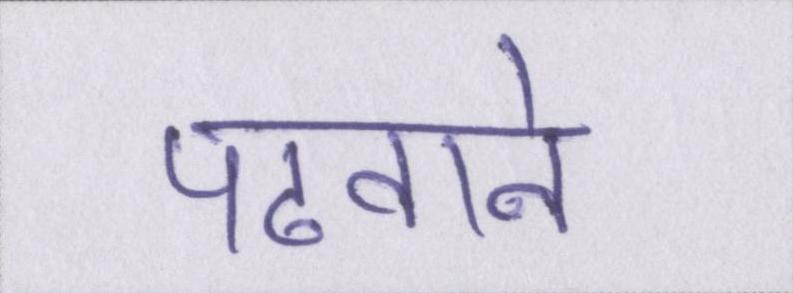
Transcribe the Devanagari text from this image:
पढवाने